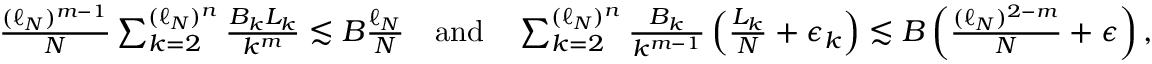
\begin{array} { r } { \frac { ( \ell _ { N } ) ^ { m - 1 } } { N } \sum _ { k = 2 } ^ { ( \ell _ { N } ) ^ { n } } \frac { B _ { k } L _ { k } } { k ^ { m } } \lesssim B \frac { \ell _ { N } } { N } \quad \mathrm { a n d } \quad \sum _ { k = 2 } ^ { ( \ell _ { N } ) ^ { n } } \frac { B _ { k } } { k ^ { m - 1 } } \left( \frac { L _ { k } } { N } + \epsilon _ { k } \right) \lesssim B \left( \frac { ( \ell _ { N } ) ^ { 2 - m } } { N } + \epsilon \right) , } \end{array}